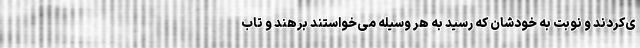
ی‌کردند و نوبت به خودشان که رسید به هر وسیله می‌خواستند برهند و تاب